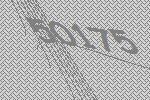
50175